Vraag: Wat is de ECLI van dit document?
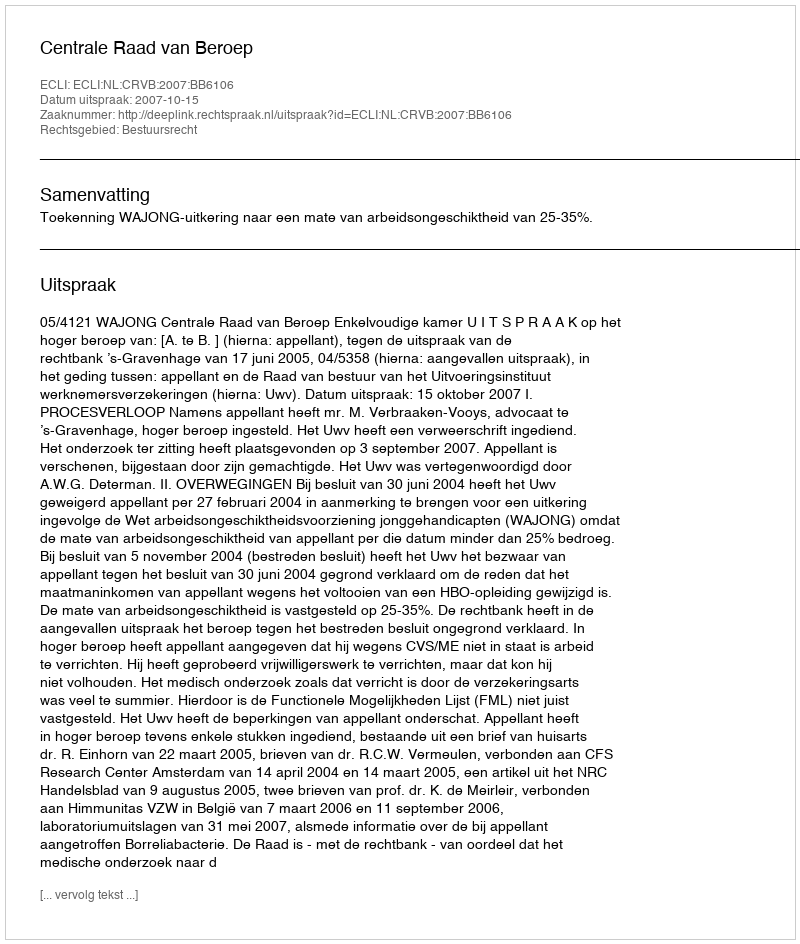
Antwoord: ECLI:NL:CRVB:2007:BB6106